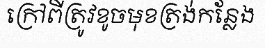
ក្រៅពីត្រូវខូចមុខត្រង់កន្លែង